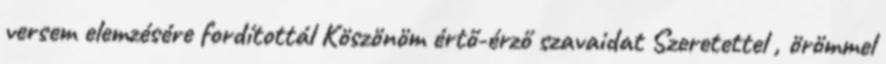
versem elemzésére fordítottál Köszönöm értő-érző szavaidat Szeretettel , örömmel